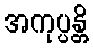
အကုပ္ပန္တိ